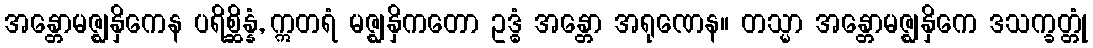
အန္တောမဇ္ဈနှိကေန ပရိစ္ဆိန္နံ, ဣတရံ မဇ္ဈနှိကတော ဥဒ္ဓံ အန္တော အရုဏေန။ တသ္မာ အန္တောမဇ္ဈနှိကေ ဒသက္ခတ္တုံ